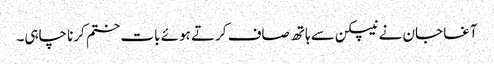
آغا جان نے نیپکن سے ہاتھ صاف کرتے ہوئے بات ختم کرنا چاہی۔